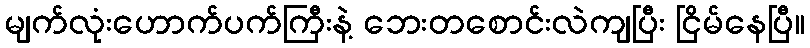
မျက်လုံးဟောက်ပက်ကြီးနဲ့ ဘေးတစောင်းလဲကျပြီး ငြိမ်နေပြီ။